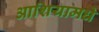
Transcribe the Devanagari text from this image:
आशियामधे